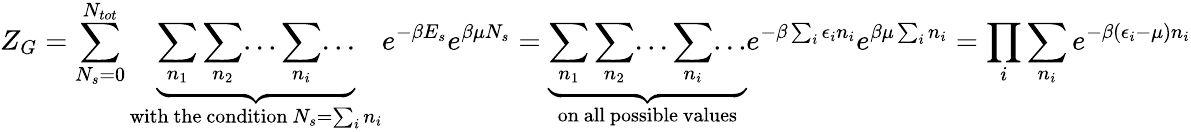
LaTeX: Z_{G}=\sum_{N_{s}=0}^{N_{tot}}\underbrace{\sum_{n_{1}}\sum_{n_{2}}...\sum_{n_{i}}...}_{\mathrm{with~the~condition~}N_{s}=\sum_{i}n_{i}}e^{-\beta E_{s}}e^{\beta\mu N_{s}}=\underbrace{\sum_{n_{1}}\sum_{n_{2}}...\sum_{n_{i}}...}_{\mathrm{on~all~possible~values}}e^{-\beta\sum_{i}\epsilon_{i}n_{i}}e^{\beta\mu\sum_{i}n_{i}}=\prod_{i}\sum_{n_{i}}e^{-\beta(\epsilon_{i}-\mu)n_{i}}